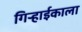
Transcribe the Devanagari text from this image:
गिऱ्हाईकाला